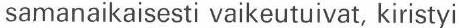
samanaikaisesti vaikeutuivat, kiristyi